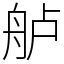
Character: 舻